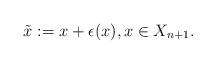
LaTeX: \begin{align*}\tilde{x} := x+\epsilon(x),x\in X_{n+1}.\end{align*}